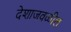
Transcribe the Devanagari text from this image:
देशाजवळील